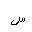
Letter: _sin